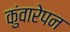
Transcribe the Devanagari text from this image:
कुंवारेपन